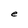
Character: e